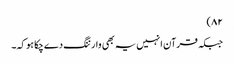
۸۲)
جبکہ قرآن انہیں یہ بھی وارننگ دے چکا ہو کہ۔